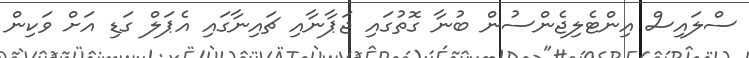
ސްލައިސް އިންޓެލިޖެންސުން ބުނާ ގޮތުގައި ޖަޕާނާއި ޗައިނާގައި އެޕަލް ގަޑި އަށް ވަކިން